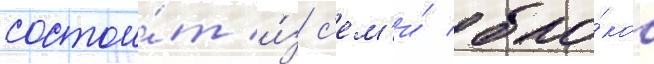
состои́т и́з с'ем'и́ бло́ков